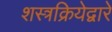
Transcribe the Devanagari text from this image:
शस्त्रक्रियेद्वारे